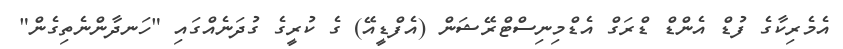
އެމެރިކާގެ ފުޑް އެންޑް ޑްރަގް އެޑްމިނިސްޓްރޭޝަން (އެފްޑީއޭ) ގެ ކުރީގެ ގުދަނެއްގައި "ހަނދާންނެތިގެން"